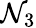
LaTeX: \mathcal{N}_{3}